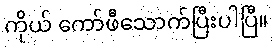
ကိုယ် ကော်ဖီသောက်ပြီးပါပြီ။